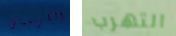
الكريسماس التهرب